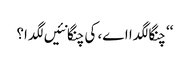
‘‘ چنگا لگدا اے، کی چنگا نئیں لگدا؟